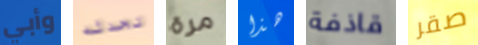
وأبي تحدثه مرة هذا قاذفة صقر